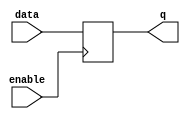
module enable_latch(
    input wire enable,
    input wire data,
    output reg q
);

always @(posedge enable) begin
    if (enable) begin
        q <= data;
    end
end

endmodule